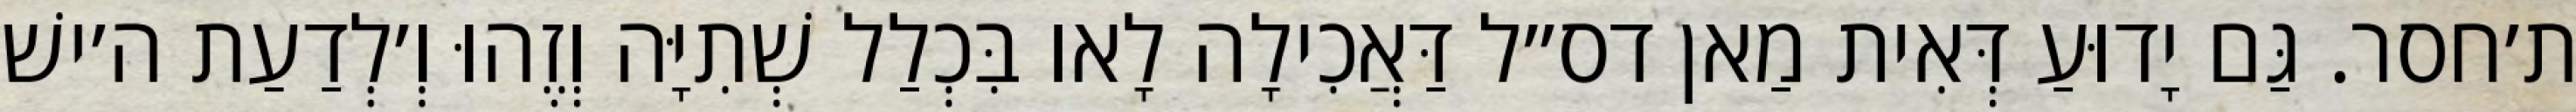
ת׳חסר. גַּם יָדוּעַ דְּאִית מַאן דס״ל דַּאֲכִילָה לָאו בִּכְלַל שְׁתִיָּה וְזֶהוּ וְ׳לְדַעַת ה׳ישׁ